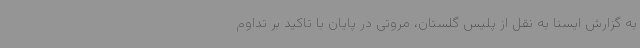
به گزارش ایسنا به نقل از پلیس گلستان، مروتی در پایان با تاکید بر تداوم